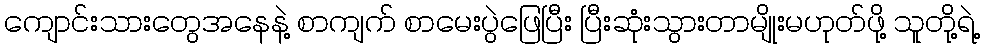
ကျောင်းသားတွေအနေနဲ့ စာကျက် စာမေးပွဲဖြေပြီး ပြီးဆုံးသွားတာမျိုးမဟုတ်ဖို့ သူတို့ရဲ့